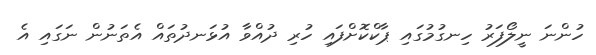
ހުންނަ ނީލޯފަރު ހިނގުމުގައި ޕާކްކޮށްފައި ހުރި ދުއްވާ އުޅަނދުތައް އެތަނުން ނަގައި އެ